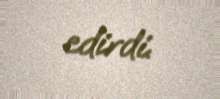
edirdi.